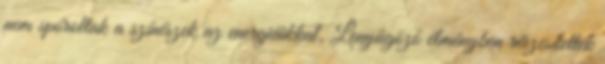
nem spóroltak a színészek az energiáikkal. Lenyűgöző élményben részesítettek